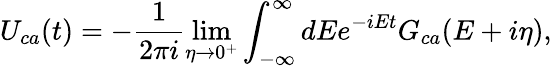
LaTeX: U_{ca}(t)=-\frac{1}{2\pi i}\operatorname*{lim}_{\eta\to 0^{+}}\int_{-\infty}^{\infty}dEe^{-iEt}G_{ca}(E+i\eta),